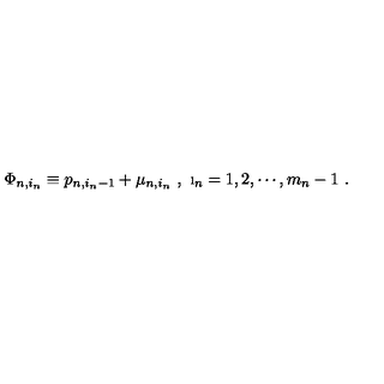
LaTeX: \Phi _ { n , i _ { n } } \equiv p _ { n , i _ { n } - 1 } + \mu _ { n , i _ { n } } \ , \ \i _ { n } = 1 , 2 , \cdots , m _ { n } - 1 \ .